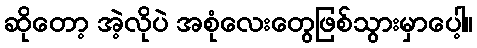
ဆိုတော့ အဲ့လိုပဲ အစုံလေးတွေဖြစ်သွားမှာပေါ့။